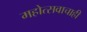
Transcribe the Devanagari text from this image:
महोत्सवाचाही